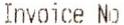
INVOICE NO